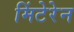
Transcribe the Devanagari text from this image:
मिंटेरेन